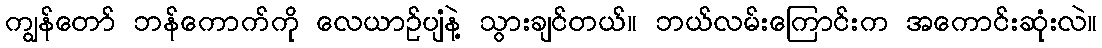
ကျွန်တော် ဘန်ကောက်ကို လေယာဉ်ပျံနဲ့ သွားချင်တယ်။ ဘယ်လမ်းကြောင်းက အကောင်းဆုံးလဲ။